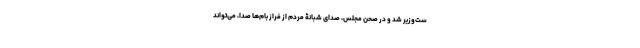
ست‌وزیر شد و در صحن مجلس، صدای شبانۀ مردم از فراز بام‌ها صدا، می‌تواند